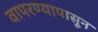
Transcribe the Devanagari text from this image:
वापरण्यापासून